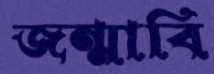
জন্মাবি